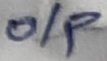
Text: o/p